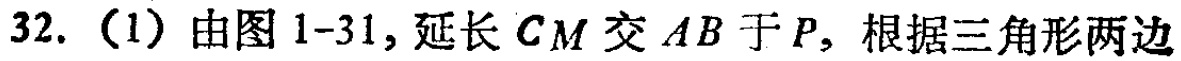
32.（1）由图1-31，延长 \(CM\) 交 \(AB\) 于 \(P\)，根据三角形两边